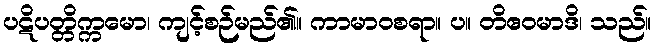
ပဋိပတ္တိက္ကမော၊ ကျင့်စဉ်မည်၏။ ကာမာဝစရာ။ ပ။ တိဧဝမာဒိ၊ သည်။